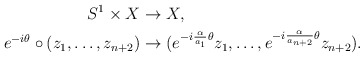
\begin{align*} S^1\times X&\rightarrow X, \\e^{-i\theta}\circ(z_1,\ldots,z_{n+2})&\rightarrow(e^{-i\frac{\alpha}{a_1}\theta}z_1,\ldots,e^{-i\frac{\alpha}{a_{{n+2}}}\theta}z_{n+2}).\end{align*}